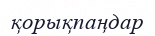
қорықпаңдар